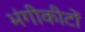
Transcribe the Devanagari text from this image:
भंगीकीटों